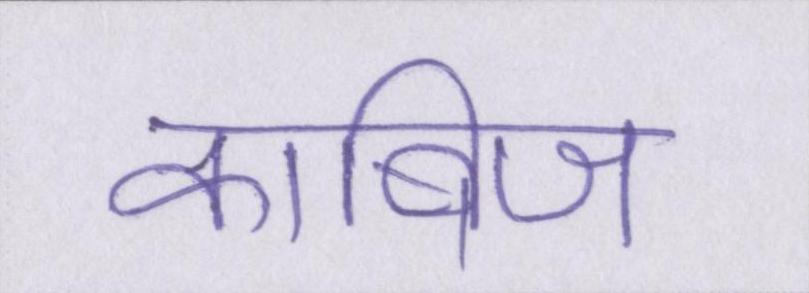
काबिज